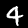
Digit: 4